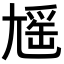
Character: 𡰃